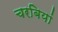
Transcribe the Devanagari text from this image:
चरबियां